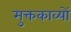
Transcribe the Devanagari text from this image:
मुक्तकाव्यों